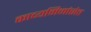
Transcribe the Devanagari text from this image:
काव्यमिमांसेत